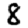
Digit: 8